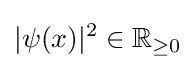
|\psi (x)|^{2}\in \mathbb {R} _{\geq 0}